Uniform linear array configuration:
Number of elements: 8
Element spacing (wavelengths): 0.25
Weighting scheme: blackman
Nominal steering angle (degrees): -15
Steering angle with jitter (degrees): -13.821
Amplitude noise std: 0.05
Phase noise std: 0.05

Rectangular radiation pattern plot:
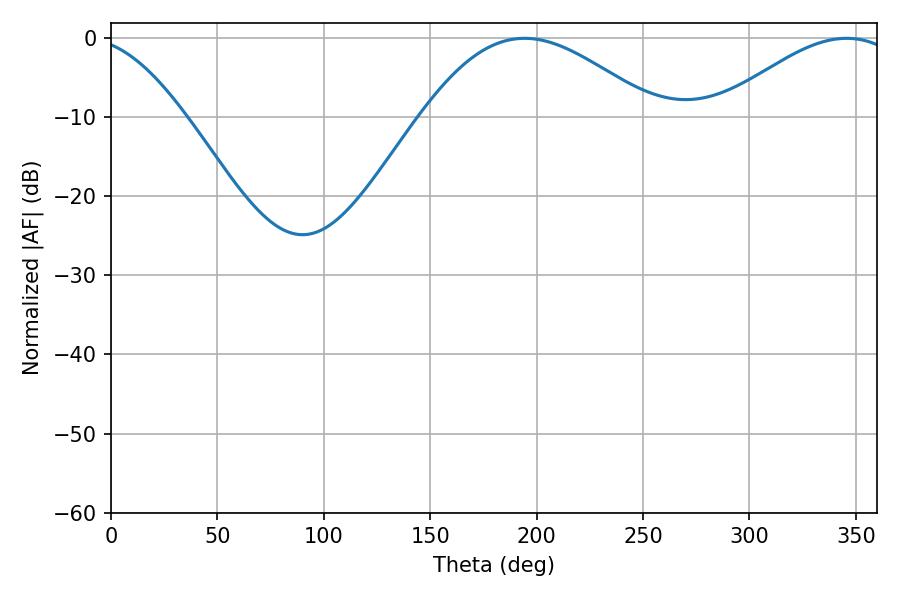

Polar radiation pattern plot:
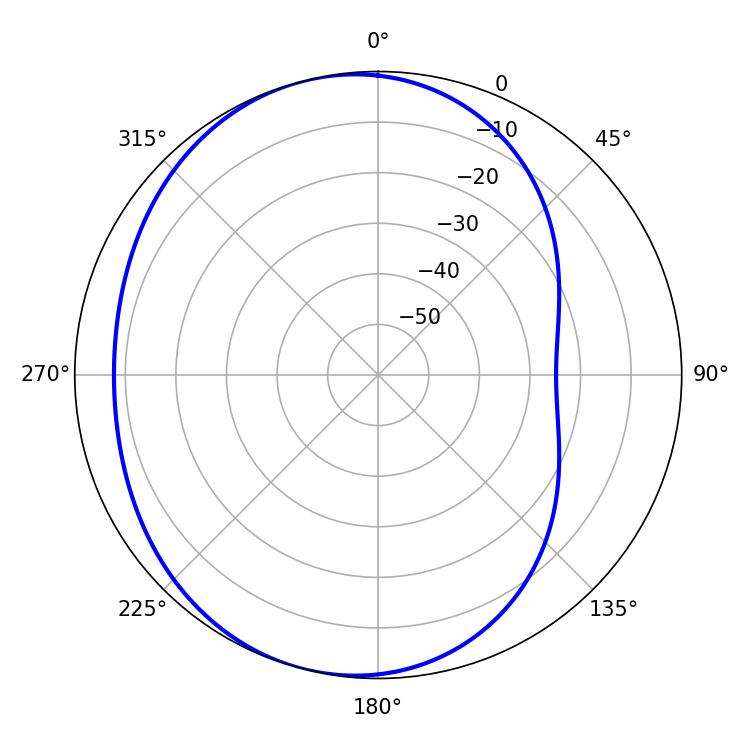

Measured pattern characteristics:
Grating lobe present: FALSE
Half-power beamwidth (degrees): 59.04
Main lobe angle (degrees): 194.4